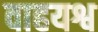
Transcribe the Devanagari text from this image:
वाहयश्व